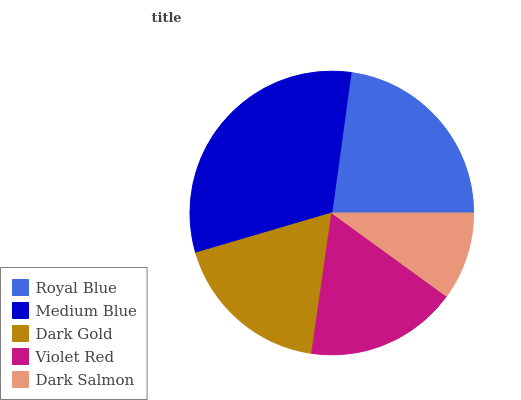
| Royal Blue | Medium Blue | Dark Gold | Violet Red | Dark Salmon |
 | --- | --- | --- | --- | --- |
 | 22.8% | 31.7% | 18.2% | 17.4% | 10% |